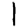
Digit: 1